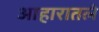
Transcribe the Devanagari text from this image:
आहारातले